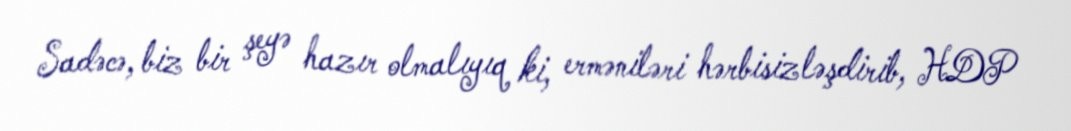
Sadəcə, biz bir şeyə hazır olmalıyıq ki, erməniləri hərbisizləşdirib, HDP